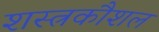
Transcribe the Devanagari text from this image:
शस्त्रकौशल